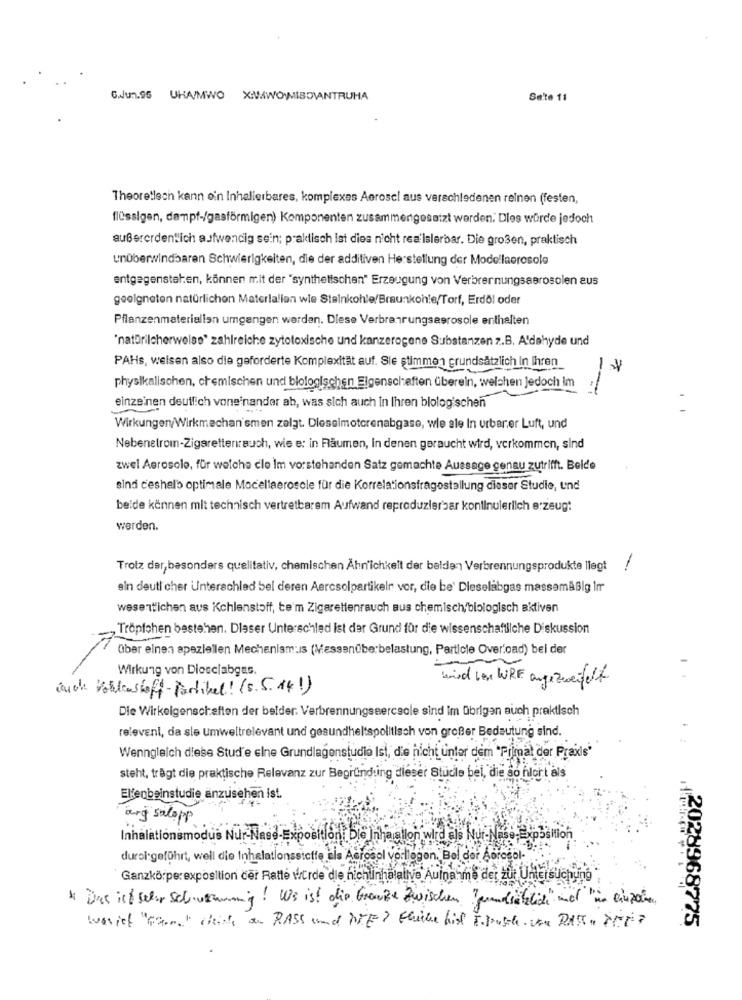
Gun.95 UHA/MWO X:WIWO MISOMANTRUHA
Sete 11
Theoretlech kann ein Inhalierbares, komplexes Aerosci aus verschiedenen reinen (festen,
flüssigen, dampf-/gasförmigen) Komponenten zusammengesetzt werden. Dles würde jedoch
außerordentlich aufwendig sein; praktisch ist dies nicht rea'lslerbar. Die großen, praktisch
unüberwindbaren Schwierigkeiten, die der additiven Herstellung der Modellaerosole
entgegensteken, können mit der "synthetischen" Erzeugung von Verbrennungsaerosolen aus
geeigneten natürlichon Materialien wie Steinkohle/Braunkohle/Torf, Erdöl oder
Pflanzenmaterialien umgangen werden. Diese Verbrenrungsaerosole enthalten
'natorilcherweise" zahlreiche zytotoxische und kanzerogene Substanzen z.B. A'dehyde und
PAHs, weisen also die geforderte Komplexität auf. Sie stimmen grundsätzlich In Ihren
physikalischen, chemischen und biologischen Eigenschaften Überein, welchen Jedoch Im
einzeinen deutlich voneinander ab, was sich auch In Ihren blologischen
Wirkungen/Wirkmechan'smen zelgt. Dieselmotorenabgase, wie ale In urbar.er Luft, und
Nebenetromn-Zigarettenrauch, wie e: in Räumen, In denen geraucht wird, verkommen, sind
zwel Aerosole, für welche cle Im vorstehanden Satz gemachte Aussage genau zutrifft. Belde
sind ceshelb optimale Mocellaeroscle für die Korrelationsfragestellung disser Studie, und
beide können mit technisch vertretbarem Aufwand reproduzierbar kontinuierlich erzeugt
werden.
Trotz der, besonders qualitativ, chemischen Ähn'ichkeit der beiden Verbrennungsprodukte llegt
ein deutl cher Unterschied bei deren Aercsolpartikelr vor, die be' Dleselabgas massemäßig 1m
wesentlichen aus Kohlenstoff, te'm Zigarettenrauch aus chemisch biologisch aktiven
Tröpfchen bestehen. Dlaser Unterschled ist der Grund für die wissenschaftliche Diskussion
über einen speziellen Mechanismus (Messenüberbelastung, Particle Over'oad) bei der
Wirkung von Diosc/abgas.
kind Ler WIRE angezweifelt
auch Kohlenstoff-Partikel! (s.5.14!)
Die Wirkeigenschaften der beider. Verbrennungssercsole sind Im übrigen auch praktisch
relevent, da sle Umweltrelevant und gesundheltspolitisch von großer Bedeutung sind.
Wenngleich diese Stude elne Grundlagenstudie Isi, die nicht unter dem "Filmat der Praxis"
steht, trägt die praktische Relevanz zur Begründung dieser Studle bel, die so hlort als
Elfenbeinstudie anzusehen ist
arg salopp
Inhalationsmodus Nur-Nase-Exposition Die Inhaallon wird als Nur-Nase- Exposition
duroi geführt, weil die Inhalationsstoffe als Aerosol vorllogon, Bol der Aprogol-
Ganzkörperexposition cer Ratté würde die nichtinhalalive Auina-mme der zur Untersuchung
* Das ist sehr Schwenig! We ist die Grenze Zwischen Grundsätzlich" und "um einpain
2028968775